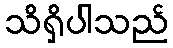
သိရှိပါသည်